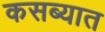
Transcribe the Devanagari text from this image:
कसब्यात